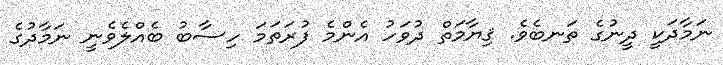
ނަމާދަކީ ދީނުގެ ތަނބެވެ. ޤިޔާމަތް ދުވަހު އެންމެ ފުރަތަމަ ހިސާބު ބެއްލެވެނީ ނަމާދުގެ